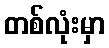
တစ်လုံးမှာ